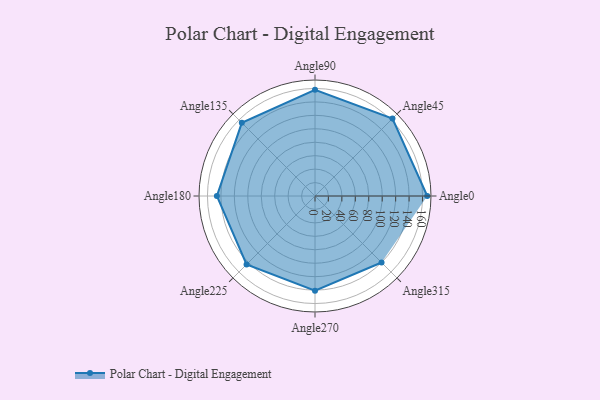
{"axis": {"x": "Angle", "y": "Radius"}, "legend": [""], "data": [{"x": "Angle0", "y": 167.0, "type": ""}, {"x": "Angle45", "y": 163.0, "type": ""}, {"x": "Angle90", "y": 158.0, "type": ""}, {"x": "Angle135", "y": 154.0, "type": ""}, {"x": "Angle180", "y": 146.0, "type": ""}, {"x": "Angle225", "y": 144.0, "type": ""}, {"x": "Angle270", "y": 141.0, "type": ""}, {"x": "Angle315", "y": 140.0, "type": ""}]}